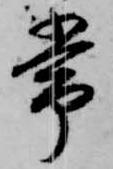
常